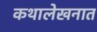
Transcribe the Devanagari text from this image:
कथालेखनात